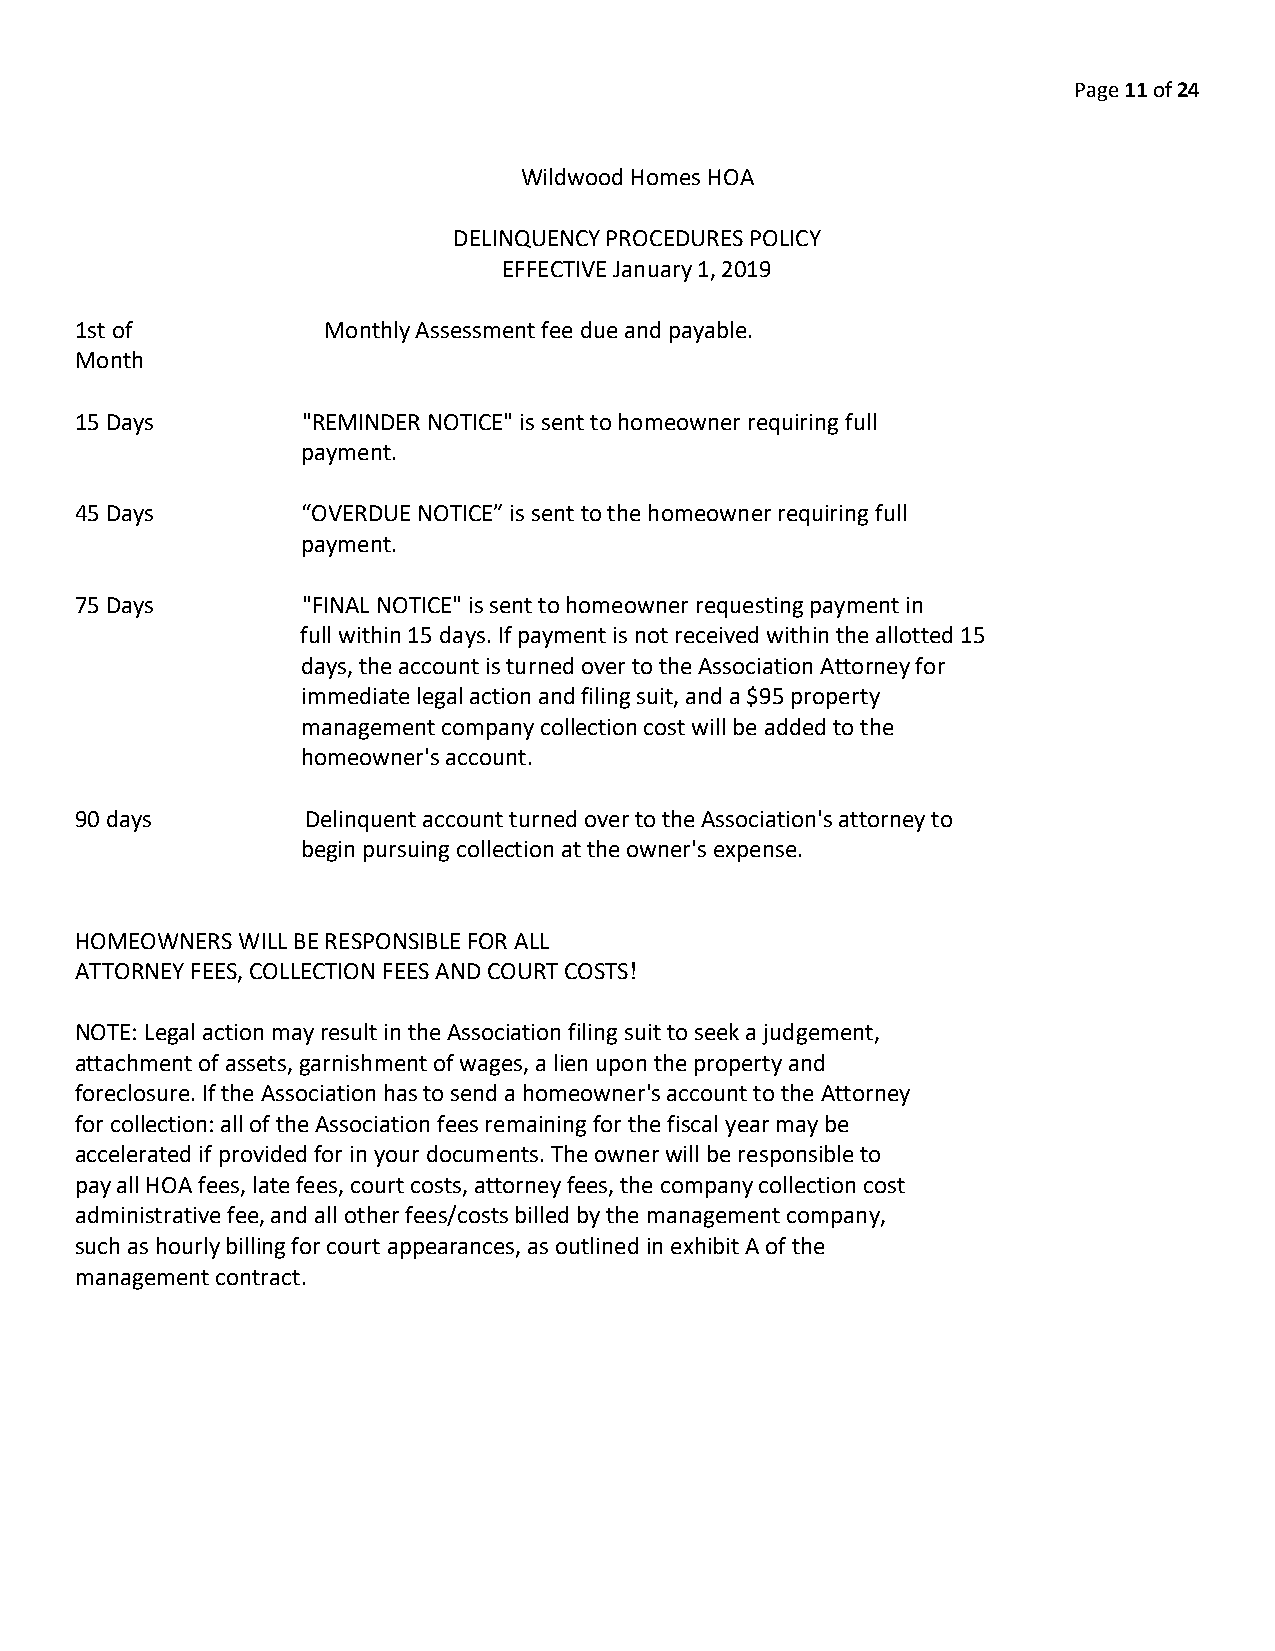
Page 11 of 24
 Wildwood Homes HOA
 DELINQUENCY PROCEDURES POLICY
 EFFECTIVE January 1, 2019
 1st of          Monthly Assessment fee due and payable.
 Month
 15 Days        "REMINDER NOTICE" is sent to homeowner requiring full
 payment.
 45 Days        “OVERDUE NOTICE” is sent to the homeowner requiring full
 payment.
 75 Days        "FINAL NOTICE" is sent to homeowner requesting payment in
 full within 15 days. If payment is not received within the allotted 15
 days, the account is turned over to the Association Attorney for
 immediate legal action and filing suit, and a $95 property
 management company collection cost will be added to the
 homeowner's account.
 90 days        Delinquent account turned over to the Association's attorney to
 begin pursuing collection at the owner's expense.
 HOMEOWNERS WILL BE RESPONSIBLE FOR ALL
 ATTORNEY FEES, COLLECTION FEES AND COURT COSTS!
 NOTE: Legal action may result in the Association filing suit to seek a judgement,
 attachment of assets, garnishment of wages, a lien upon the property and
 foreclosure. If the Association has to send a homeowner's account to the Attorney
 for collection: all of the Association fees remaining for the fiscal year may be
 accelerated if provided for in your documents. The owner will be responsible to
 pay all HOA fees, late fees, court costs, attorney fees, the company collection cost
 administrative fee, and all other fees/costs billed by the management company,
 such as hourly billing for court appearances, as outlined in exhibit A of the
 management contract.